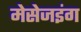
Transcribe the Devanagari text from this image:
मेसेजइंग